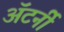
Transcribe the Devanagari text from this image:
अॅटर्नी